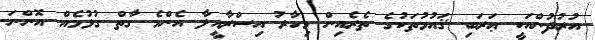
އުރުދުންއަކީ ޢަރަބި ޤައުމުތަކުގެ ތެރެއިން މިހާރު އިސްރާއީލާ އެންމެ ގާތް ގުޅުމެއް އޮންނަ